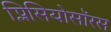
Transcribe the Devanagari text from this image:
प्लिसियोसॉरस